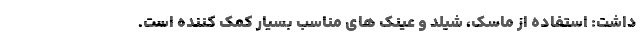
داشت: استفاده از ماسک، شیلد و عینک های مناسب بسیار کمک کننده است.